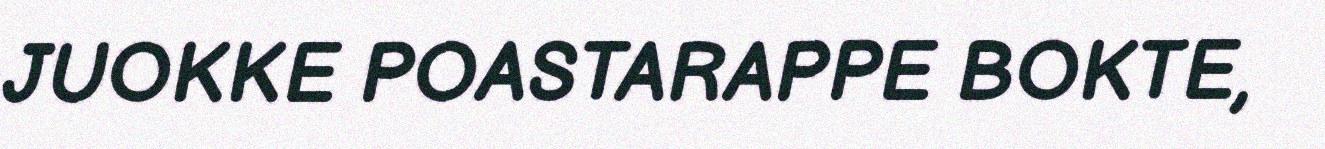
JUOKKE POASTARAPPE BOKTE,